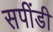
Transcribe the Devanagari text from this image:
सपींडी